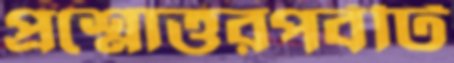
প্রশ্নোত্তরপর্বটি